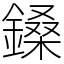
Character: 鎟